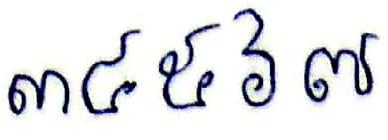
៣៤៥៦៧